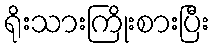
ရိုးသားကြိုးစားပြီး